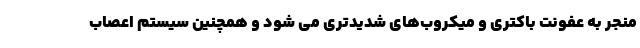
منجر به عفونت باکتری و میکروب‌های شدیدتری می شود و همچنین سیستم اعصاب